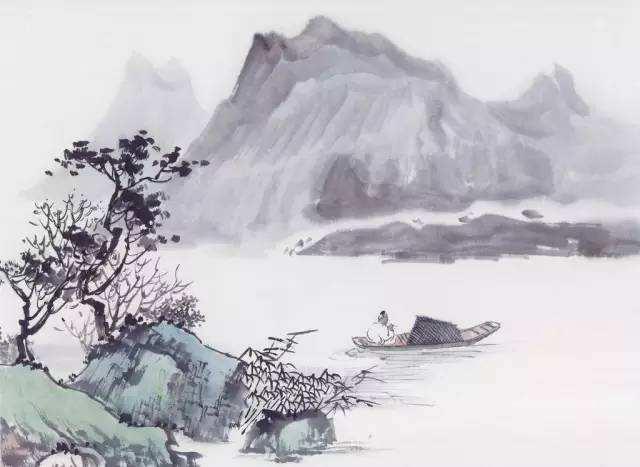
黯然销魂者，唯别而已矣！